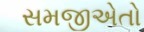
સમજીએતો